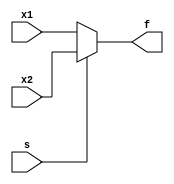
module mux_2to1 (
    input wire x1,
    input wire x2,
    input wire s,
    output wire f
);

assign f = (s == 1'b0) ? x1 : x2;

endmodule